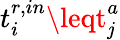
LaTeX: t_{i}^{r,in}\leqt_{\mathit{j}}^{a}